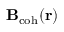
{ \bf \delta B } _ { \mathrm { c o h } } ( { \bf r } )